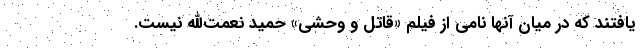
یافتند که در میان آنها نامی از فیلم «قاتل و وحشی» حمید نعمت‌الله نیست.